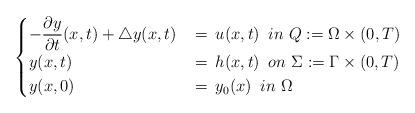
LaTeX: \begin{align*}\begin{cases}-\dfrac{\partial y}{\partial t}(x,t)+\triangle y(x,t)\, & =\,u(x,t)\,\,\, in\,\, Q:=\Omega\times (0,T)\\y(x,t)\, & =\,h(x,t)\,\,\, on\,\, \Sigma :=\Gamma\times (0,T)\\ y(x,0)\, & =\,y_0(x)\,\,\, in\,\, \Omega\end{cases}\end{align*}